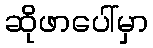
ဆိုဖာပေါ်မှာ